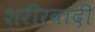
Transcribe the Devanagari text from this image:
शरीरवादी